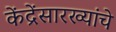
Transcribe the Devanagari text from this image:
केंद्रेंसारख्यांचे